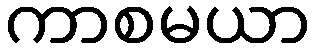
ကာစမယာ